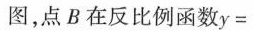
图，点B在反比例函数$$y =$$